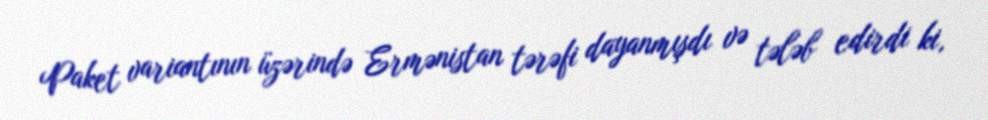
Paket variantının üzərində Ermənistan tərəfi dayanmışdı və tələb edirdi ki,